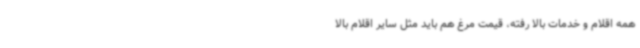
همه اقلام و خدمات بالا رفته، قیمت مرغ هم باید مثل سایر اقلام بالا